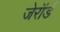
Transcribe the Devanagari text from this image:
जेरॉर्ड